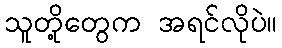
သူတို့တွေက အရင်လိုပဲ။